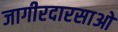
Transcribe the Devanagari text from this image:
जागीरदारसाओ